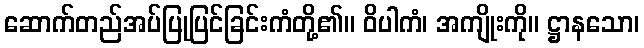
ဆောက်တည်အပ်ပြုပြင်ခြင်းကံတို့၏။ ဝိပါကံ၊ အကျိုးကို။ ဋ္ဌာနသော၊